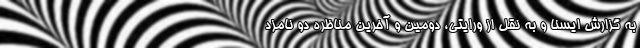
به گزارش ایسنا و به نقل از ورایتی، دومین و آخرین مناظره دو نامزد